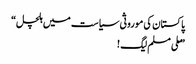
پاکستان کی موروثی سیاست میں ہلچل“
”ملی مسلم لیگ !